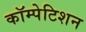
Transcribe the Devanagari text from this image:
कॉम्पेटिशन